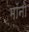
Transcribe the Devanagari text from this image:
मॉनो